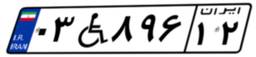
۵۲W۹۱۴۷۴